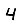
Digit: 4